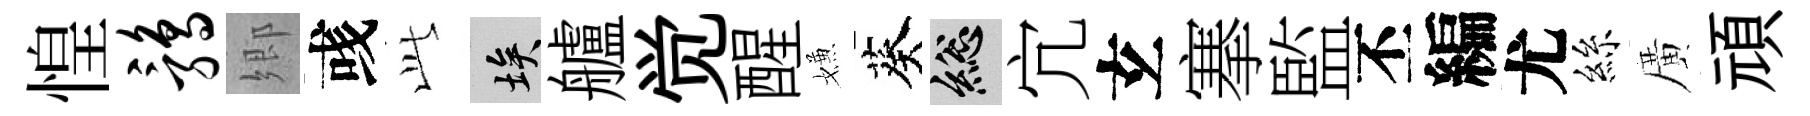
惶鹑郷彧𬼘埃艫觉醒嫌葵總宂𤣥搴監丕編尤絲廣頑